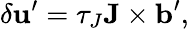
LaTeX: \delta{\textbf{u}}^{\prime}=\tau_{J}{\textbf{J}}\times{\textbf{b}}^{\prime},